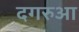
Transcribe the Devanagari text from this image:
दगरुआ